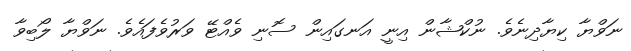
ނަވްޔާ ކިޔާދިނެވެ. ނުކްޝާން އިނީ އަނގައިން ސޮނި ވެއްޓޭ ވަރުވެފައެވެ. ނަވްޔާ ލޯބިވާ